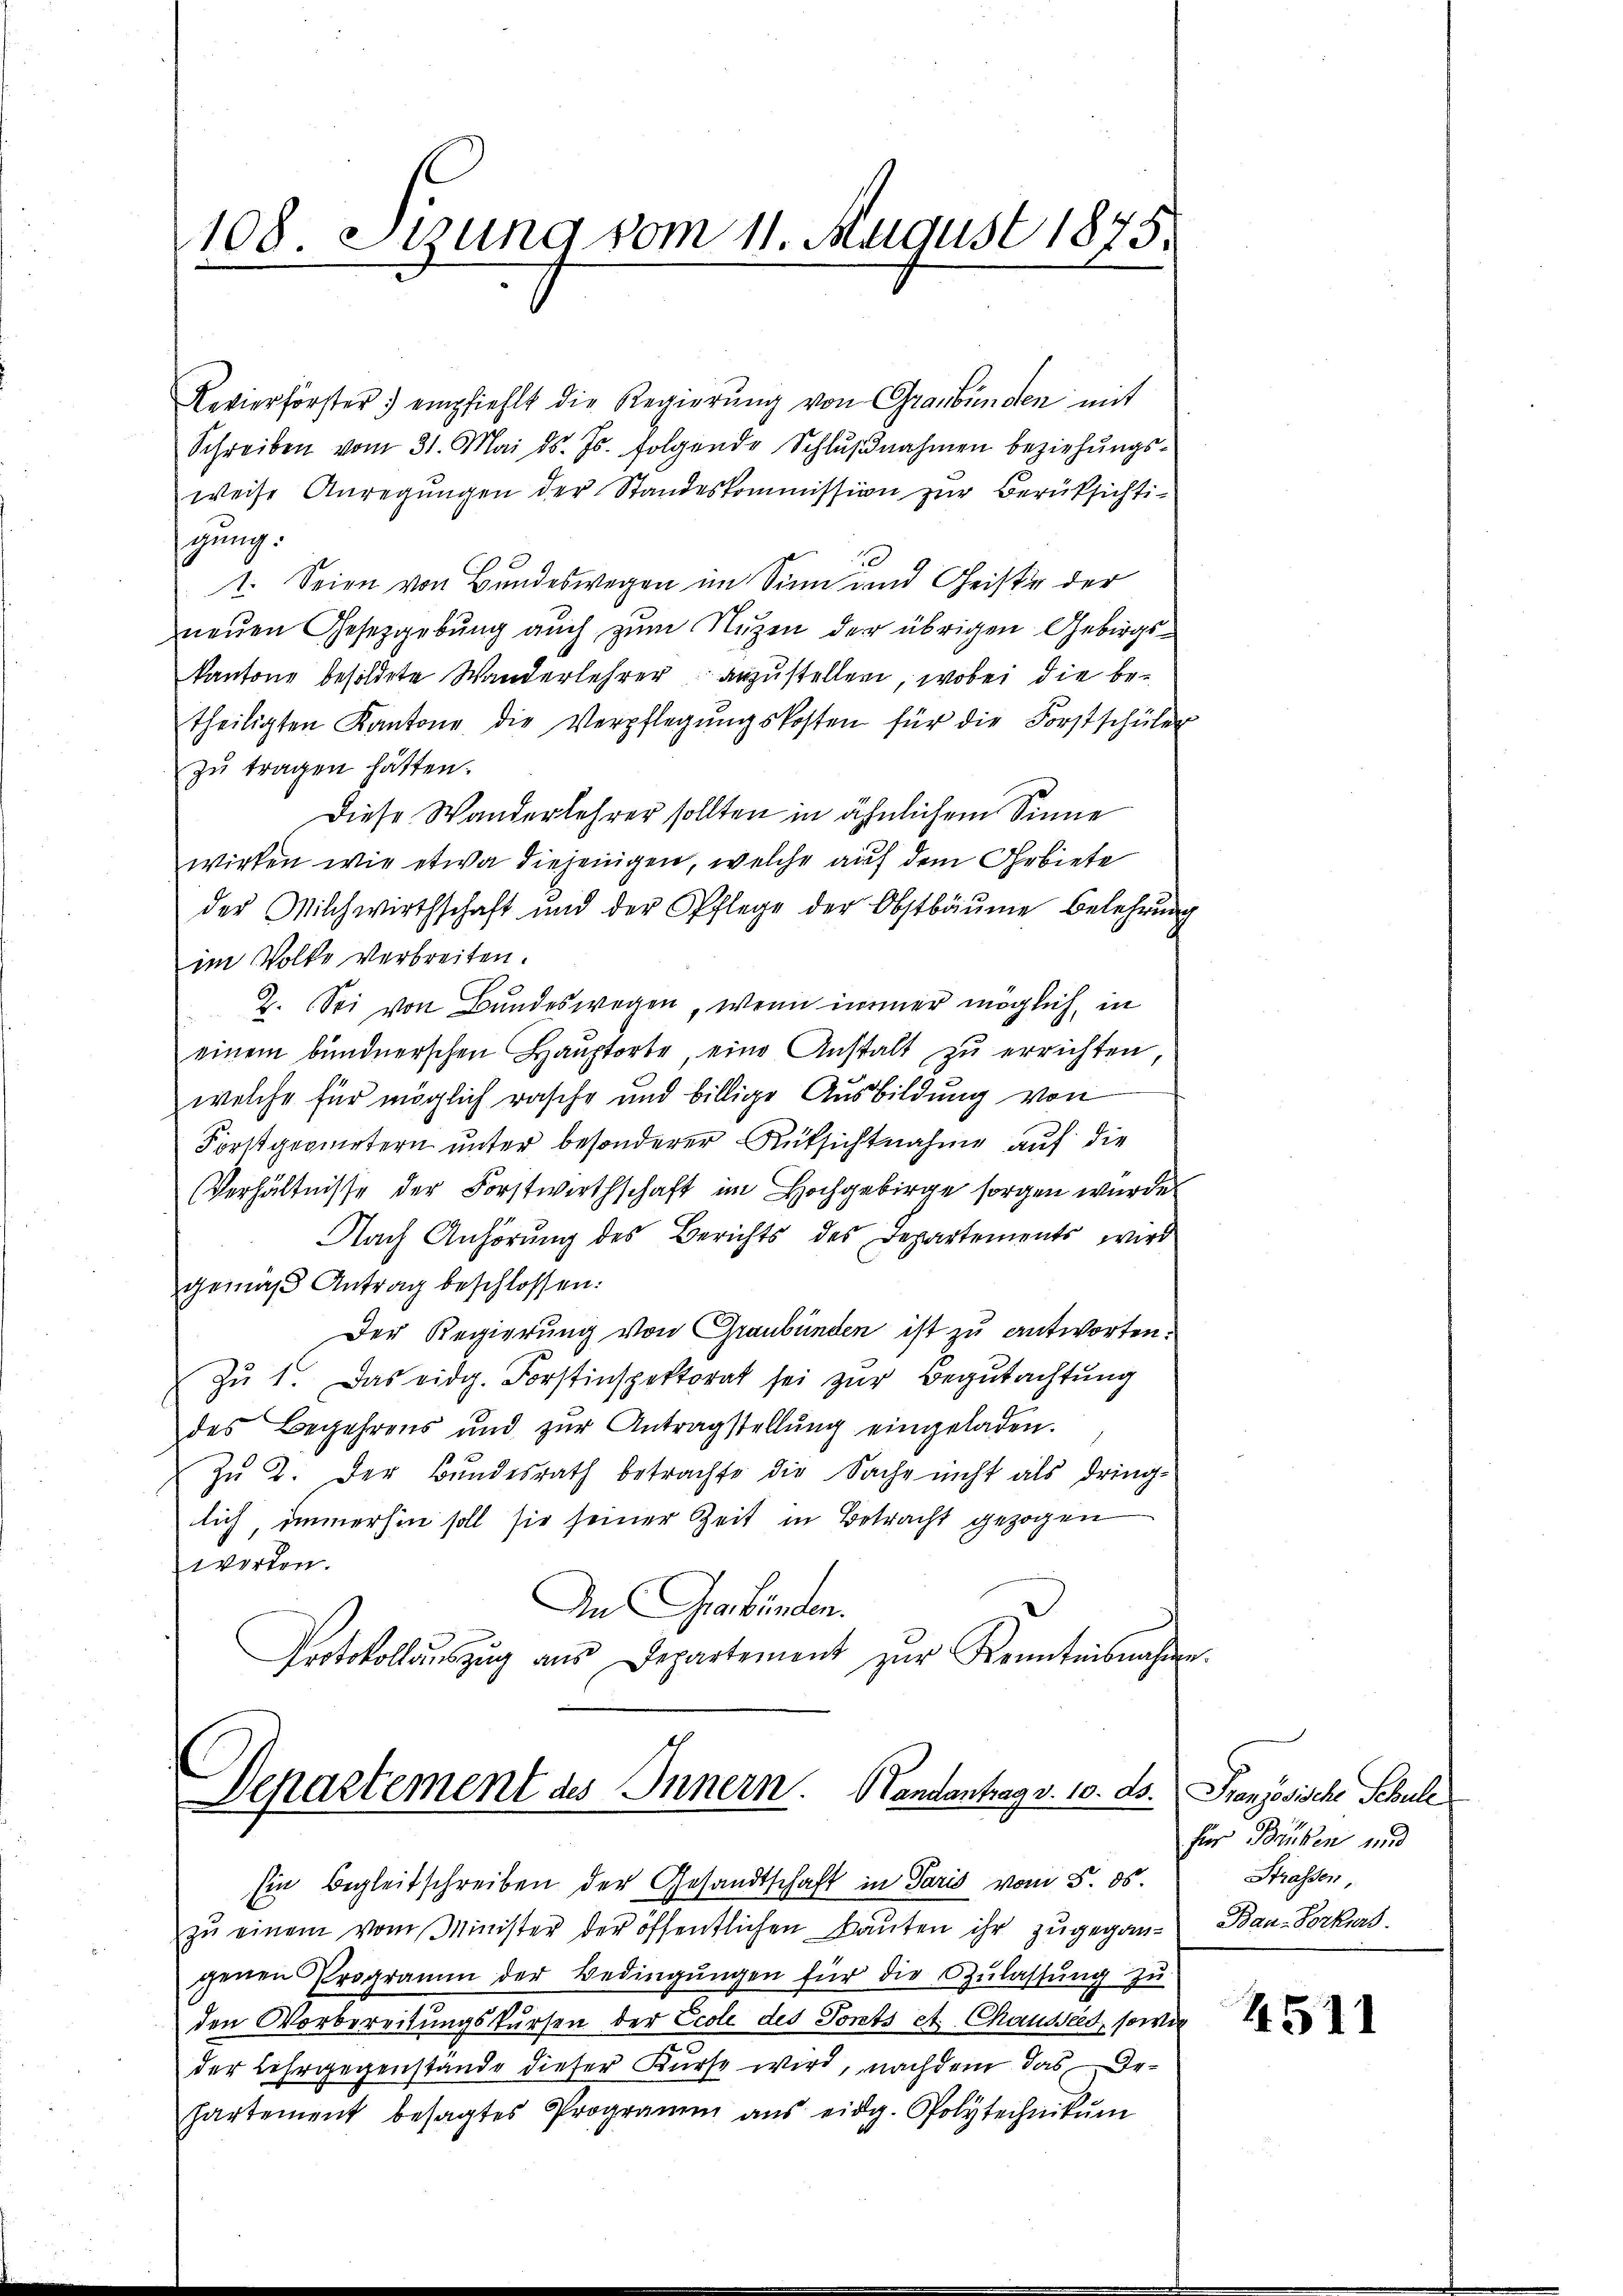
108. Stzung vom 11. August 1875.

Revierförster empfiehlt die Regierung von Graubünden mit
Schreiben vom 31. Mai d. Js. folgende Schlŭβnahmen beziehŭngs-
weise Anregungen der Standeskommission zur Berüksichtigung.
1. Seien von Bundeswegen im Sinn und Geiste der
neuen Gesetzgebung auch zum Nuzen der übrigen Gebirgskantone besoldete Wanderlehrer anzustellen, wobei die betheiligten Kantone die Verpflegŭngskosten für die Forstschüler
zu tragen hätten.
Diese Wanderlehrer sollten in ähnlichem Sinne
wirken wie etwa diejenigen, welche auf dem Gebiete
der Milchwirthschaft und der Pflege der Obstbäŭme belehrung
im Volke verbreiten.
2. Sei von Bundeswegen, wenn immer möglich, in
einem bundnerschen Hauptorte, eine Anstalt zu errichten
welche für möglich rasche und billige Ausbildung von
Forstgeometern unter besonderer Rüksichtnahme auf die
Verhältnisse der Forstwirthschaft im Hochgebirge sorgen wurde
Nach Anhörung des Berichts des Departements wird
gemäß Antrag beschlossen:
Der Regierung von Graubünden ist zu antworten.
Zu 1. Das eidg. Forstinspektorat sei zur Begutachtung
des Begehrens und zŭr Antragstellŭng eingeladen.
Zu 2. Der Bundesrath betrachte die Sache nicht als dring-
lich, immerhin soll sie seiner Zeit in Betracht gezogen
worden.
An Graubünden.
Protokollaŭszŭg aŭs Departement zŭr Kenntnisnahme

Departement des Innern. Handantrag v. 10. ds.

Ein Begleitschreiben der Gesandtschaft in Paris vom 5. ds

zŭ einem vom Minister der öffentlichen Bauten ihr zugegangenen Programm der Bedingŭngen für die Zŭlassŭng zŭ
den Vorbereitungskursen der Ecole des Tonts et Chausseet, sowie
der Lehrgegenstande dieser Kurse wird, nachdem das Dehartement besagtes Programm ans eidg. Polytechnikum

Französische Schule
für Brüken und
Strassen,
Bau-Borkurs.

4511